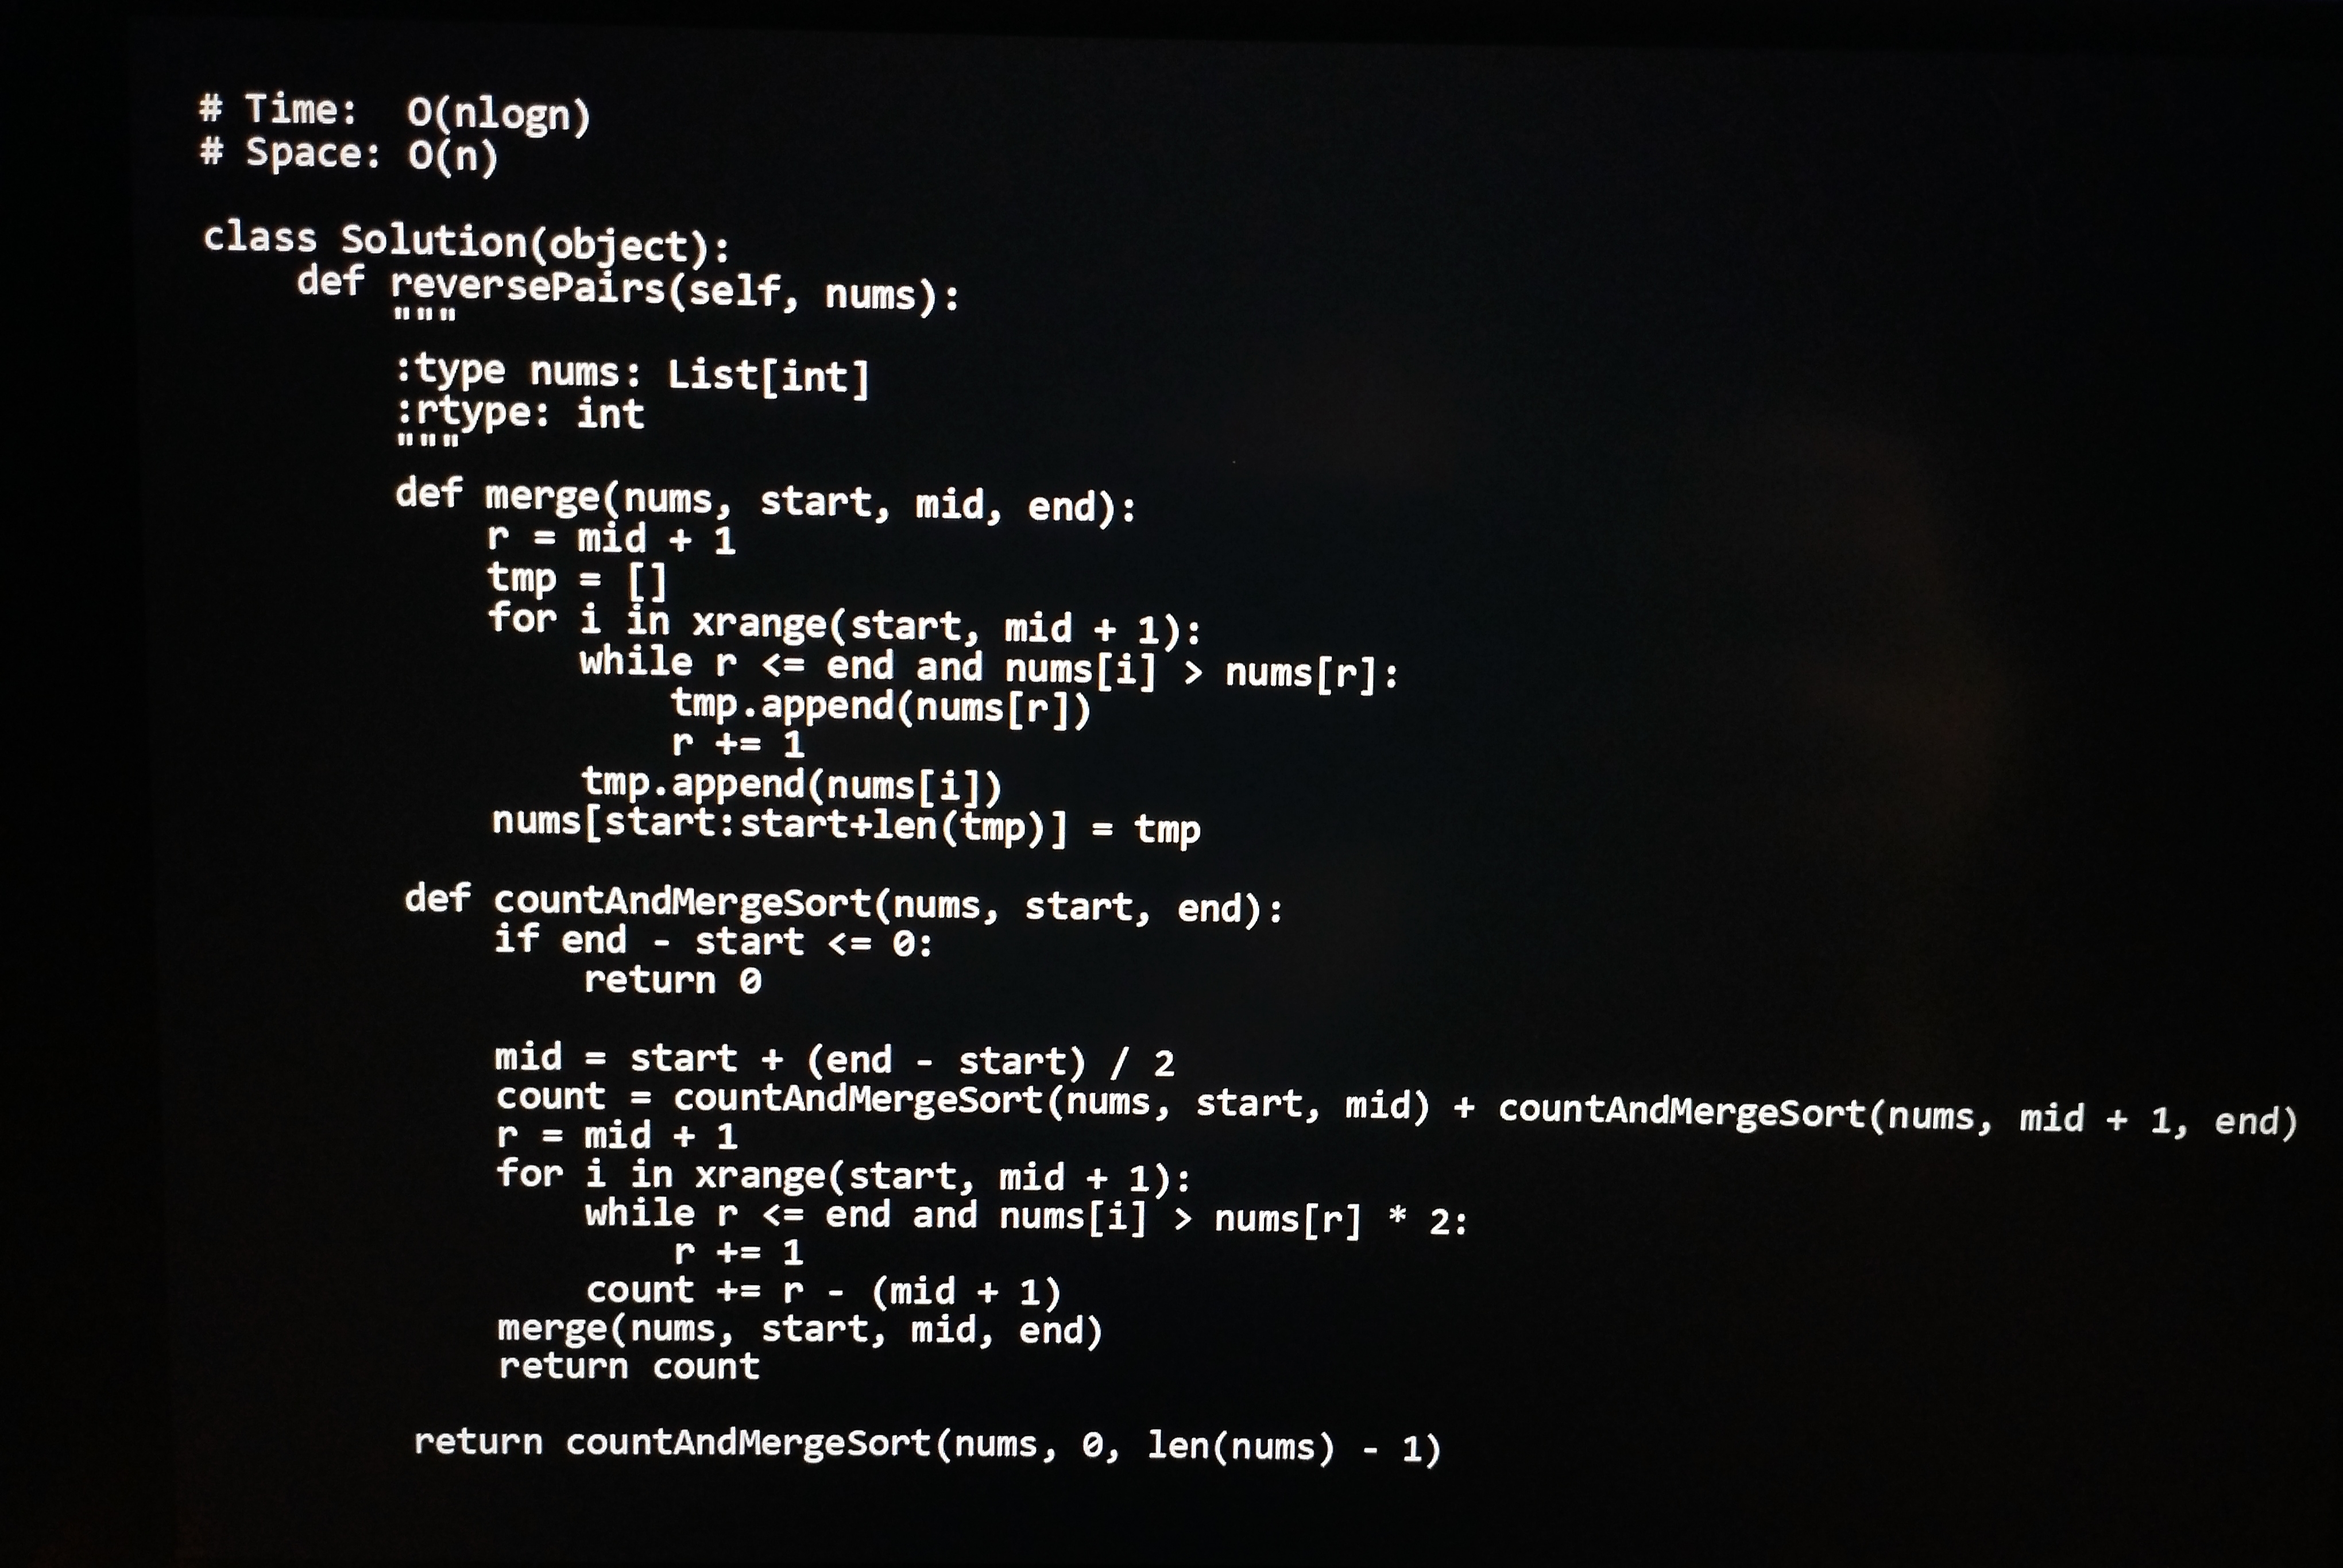
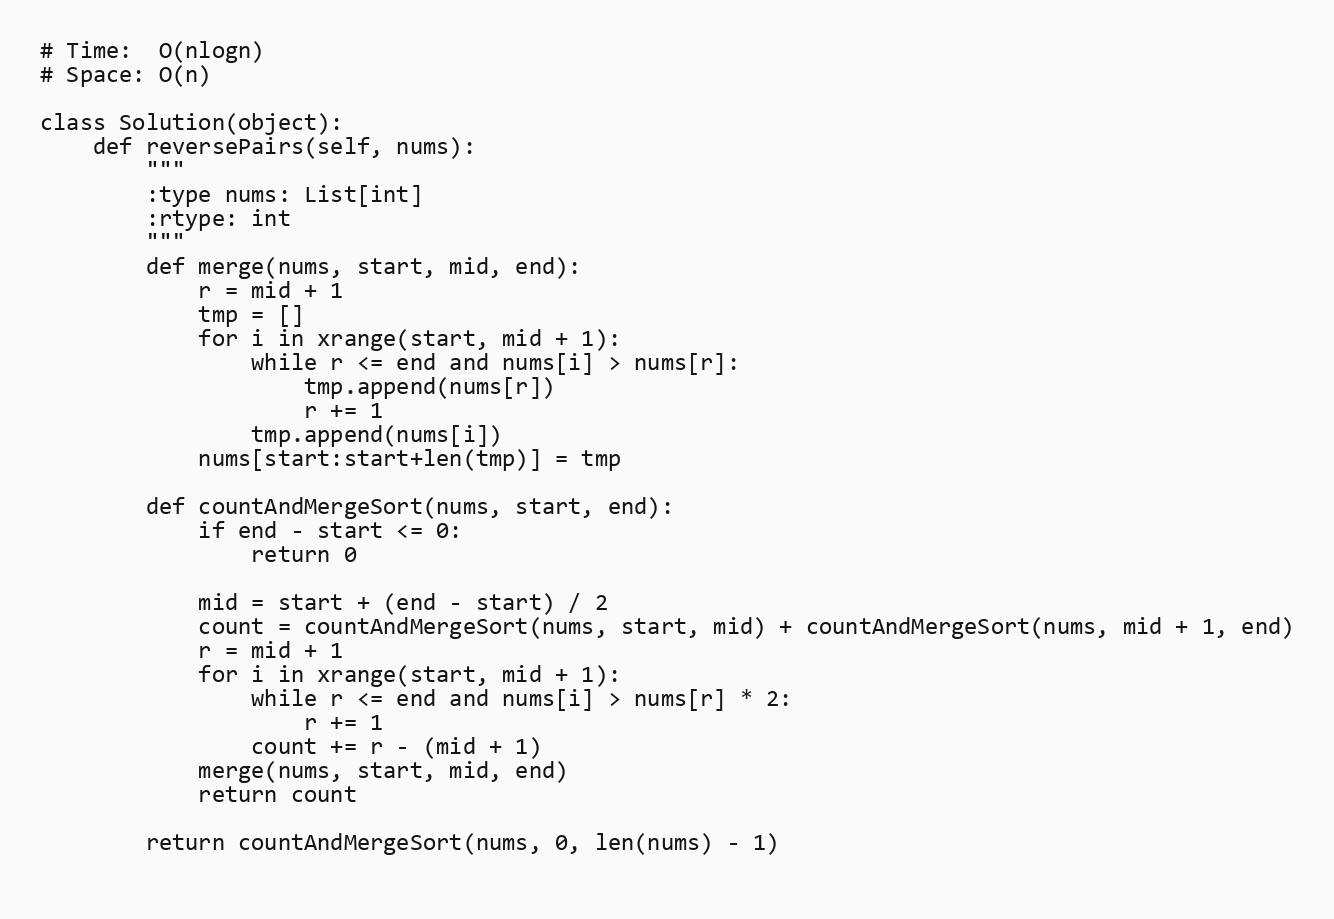
# Time:  O(nlogn)
# Space: O(n)

class Solution(object):
    def reversePairs(self, nums):
        """
        :type nums: List[int]
        :rtype: int
        """
        def merge(nums, start, mid, end):
            r = mid + 1
            tmp = []
            for i in xrange(start, mid + 1):
                while r <= end and nums[i] > nums[r]:
                    tmp.append(nums[r])
                    r += 1
                tmp.append(nums[i])
            nums[start:start+len(tmp)] = tmp

        def countAndMergeSort(nums, start, end):
            if end - start <= 0:
                return 0

            mid = start + (end - start) / 2
            count = countAndMergeSort(nums, start, mid) + countAndMergeSort(nums, mid + 1, end)
            r = mid + 1
            for i in xrange(start, mid + 1):
                while r <= end and nums[i] > nums[r] * 2:
                    r += 1
                count += r - (mid + 1)
            merge(nums, start, mid, end)
            return count

        return countAndMergeSort(nums, 0, len(nums) - 1)